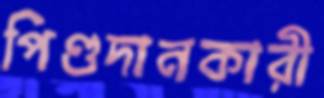
পিণ্ডদানকারী